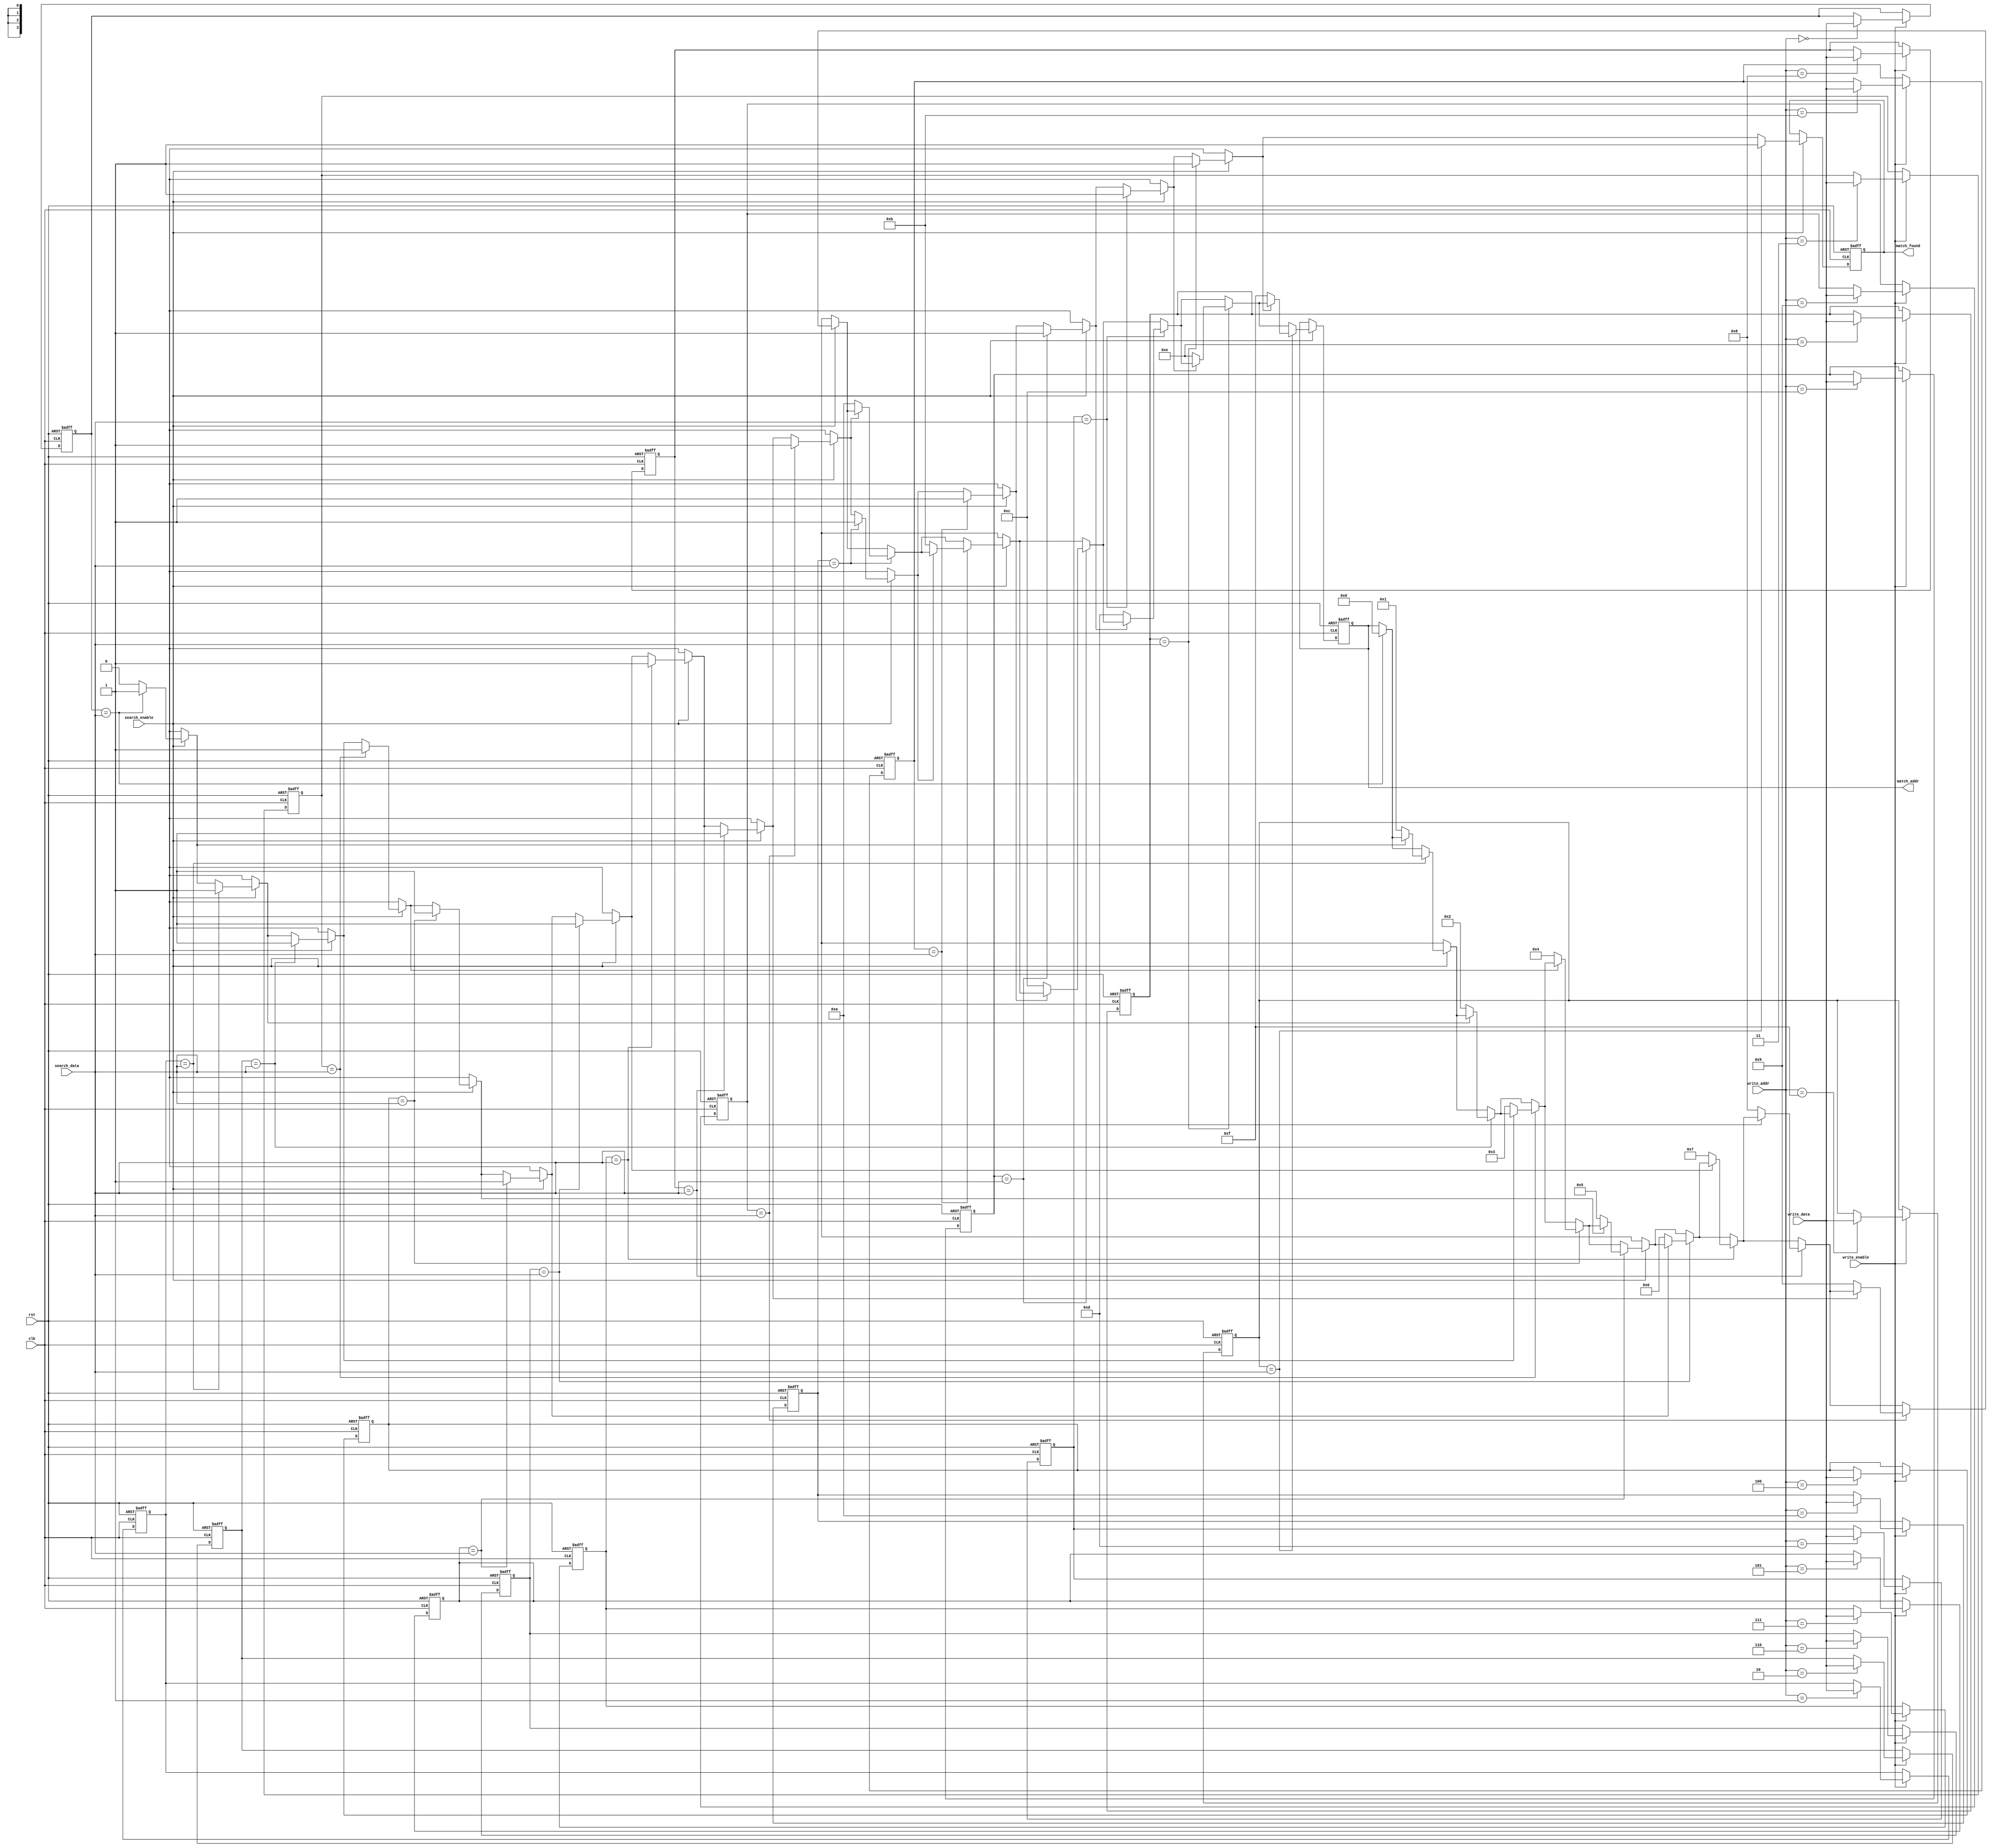
module CAM #(
    parameter DATA_WIDTH = 8,  // Width of the data
    parameter ADDR_WIDTH = 4    // Number of rows (2^ADDR_WIDTH)
)(
    input wire clk,
    input wire rst,
    input wire [DATA_WIDTH-1:0] search_data, // Data to search
    input wire [DATA_WIDTH-1:0] write_data,   // Data to write
    input wire [ADDR_WIDTH-1:0] write_addr,   // Address to write data
    input wire write_enable,                    // Write enable signal
    input wire search_enable,                   // Search enable signal
    output reg [ADDR_WIDTH-1:0] match_addr,    // Address of the first match
    output reg match_found                      // Match found signal
);

    // Memory array
    reg [DATA_WIDTH-1:0] memory_array [0:(1<<ADDR_WIDTH)-1];

    // Match lines
    reg [ADDR_WIDTH-1:0] match_lines;

    // Initialize memory on reset
    integer i;
    always @(posedge clk or posedge rst) begin
        if (rst) begin
            for (i = 0; i < (1 << ADDR_WIDTH); i = i + 1) begin
                memory_array[i] <= {DATA_WIDTH{1'b0}};
            end
            match_found <= 1'b0;
            match_addr <= {ADDR_WIDTH{1'b0}};
        end else begin
            // Write operation
            if (write_enable) begin
                memory_array[write_addr] <= write_data;
            end
            
            // Search operation
            if (search_enable) begin
                match_lines = {ADDR_WIDTH{1'b0}}; // Clear match lines
                match_found = 1'b0; // Reset match found
                for (i = 0; i < (1 << ADDR_WIDTH); i = i + 1) begin
                    if (memory_array[i] == search_data) begin
                        match_lines[i] = 1'b1; // Set match line
                        if (!match_found) begin
                            match_found = 1'b1; // First match found
                            match_addr = i; // Store the address of the first match
                        end
                    end
                end
            end
        end
    end

endmodule